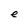
Character: e